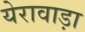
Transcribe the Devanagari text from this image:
येरावाड़ा